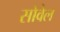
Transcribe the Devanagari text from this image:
सोवेल